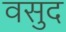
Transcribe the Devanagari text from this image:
वसुद